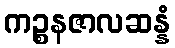
ကဉ္စနဇာလဆန္နံ